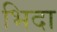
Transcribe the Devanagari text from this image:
भिदा